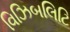
વિઝિબલિટિ